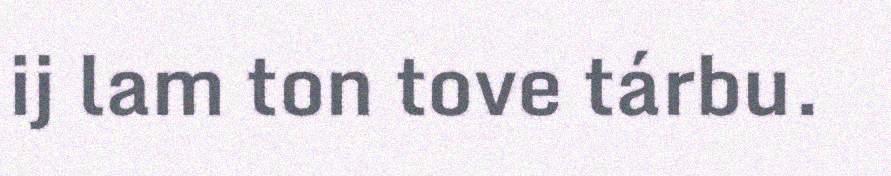
ij lam ton tove tárbu.